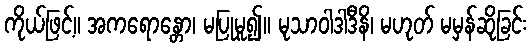
ကိုယ်ဖြင့်။ အကရောန္တော၊ မပြုမူ၍။ မုသာဝါဒါဒီနိ၊ မဟုတ် မမှန်ဆိုခြင်း